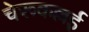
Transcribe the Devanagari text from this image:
चेरूकल्लई